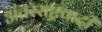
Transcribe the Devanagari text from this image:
अंतरराष्ट्रवादी